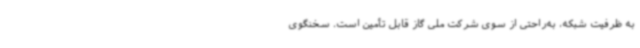
به ظرفیت شبکه، ‌به‌راحتی از سوی شرکت ملی گاز قابل تأمین است. سخنگوی